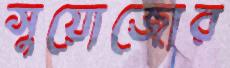
সুয়োজোর